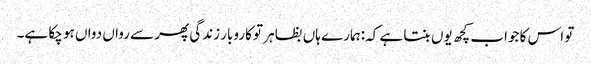
تو اس کا جواب کچھ یوں بنتا ہے کہ:ہمارے ہاں بظاہر تو کاروبار زندگی پھر سے رواں دواں ہو چکا ہے۔